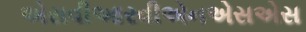
એસવીઆરવીએનએસએસ